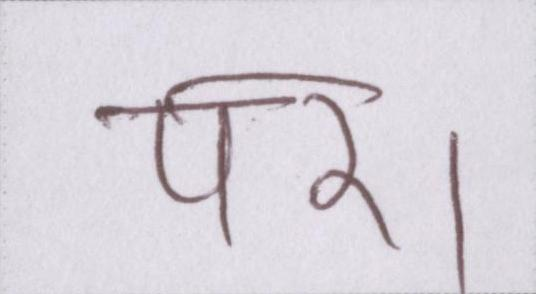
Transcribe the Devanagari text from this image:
पर।